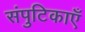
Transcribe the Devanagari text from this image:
संपुटिकाएँ